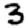
Digit: 3